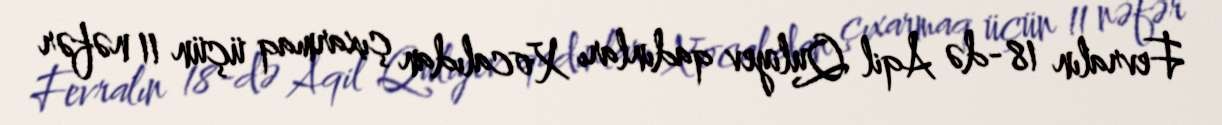
Fevralın 18-də Aqil Quliyev qadınları Xocalıdan çıxarmaq üçün 11 nəfər